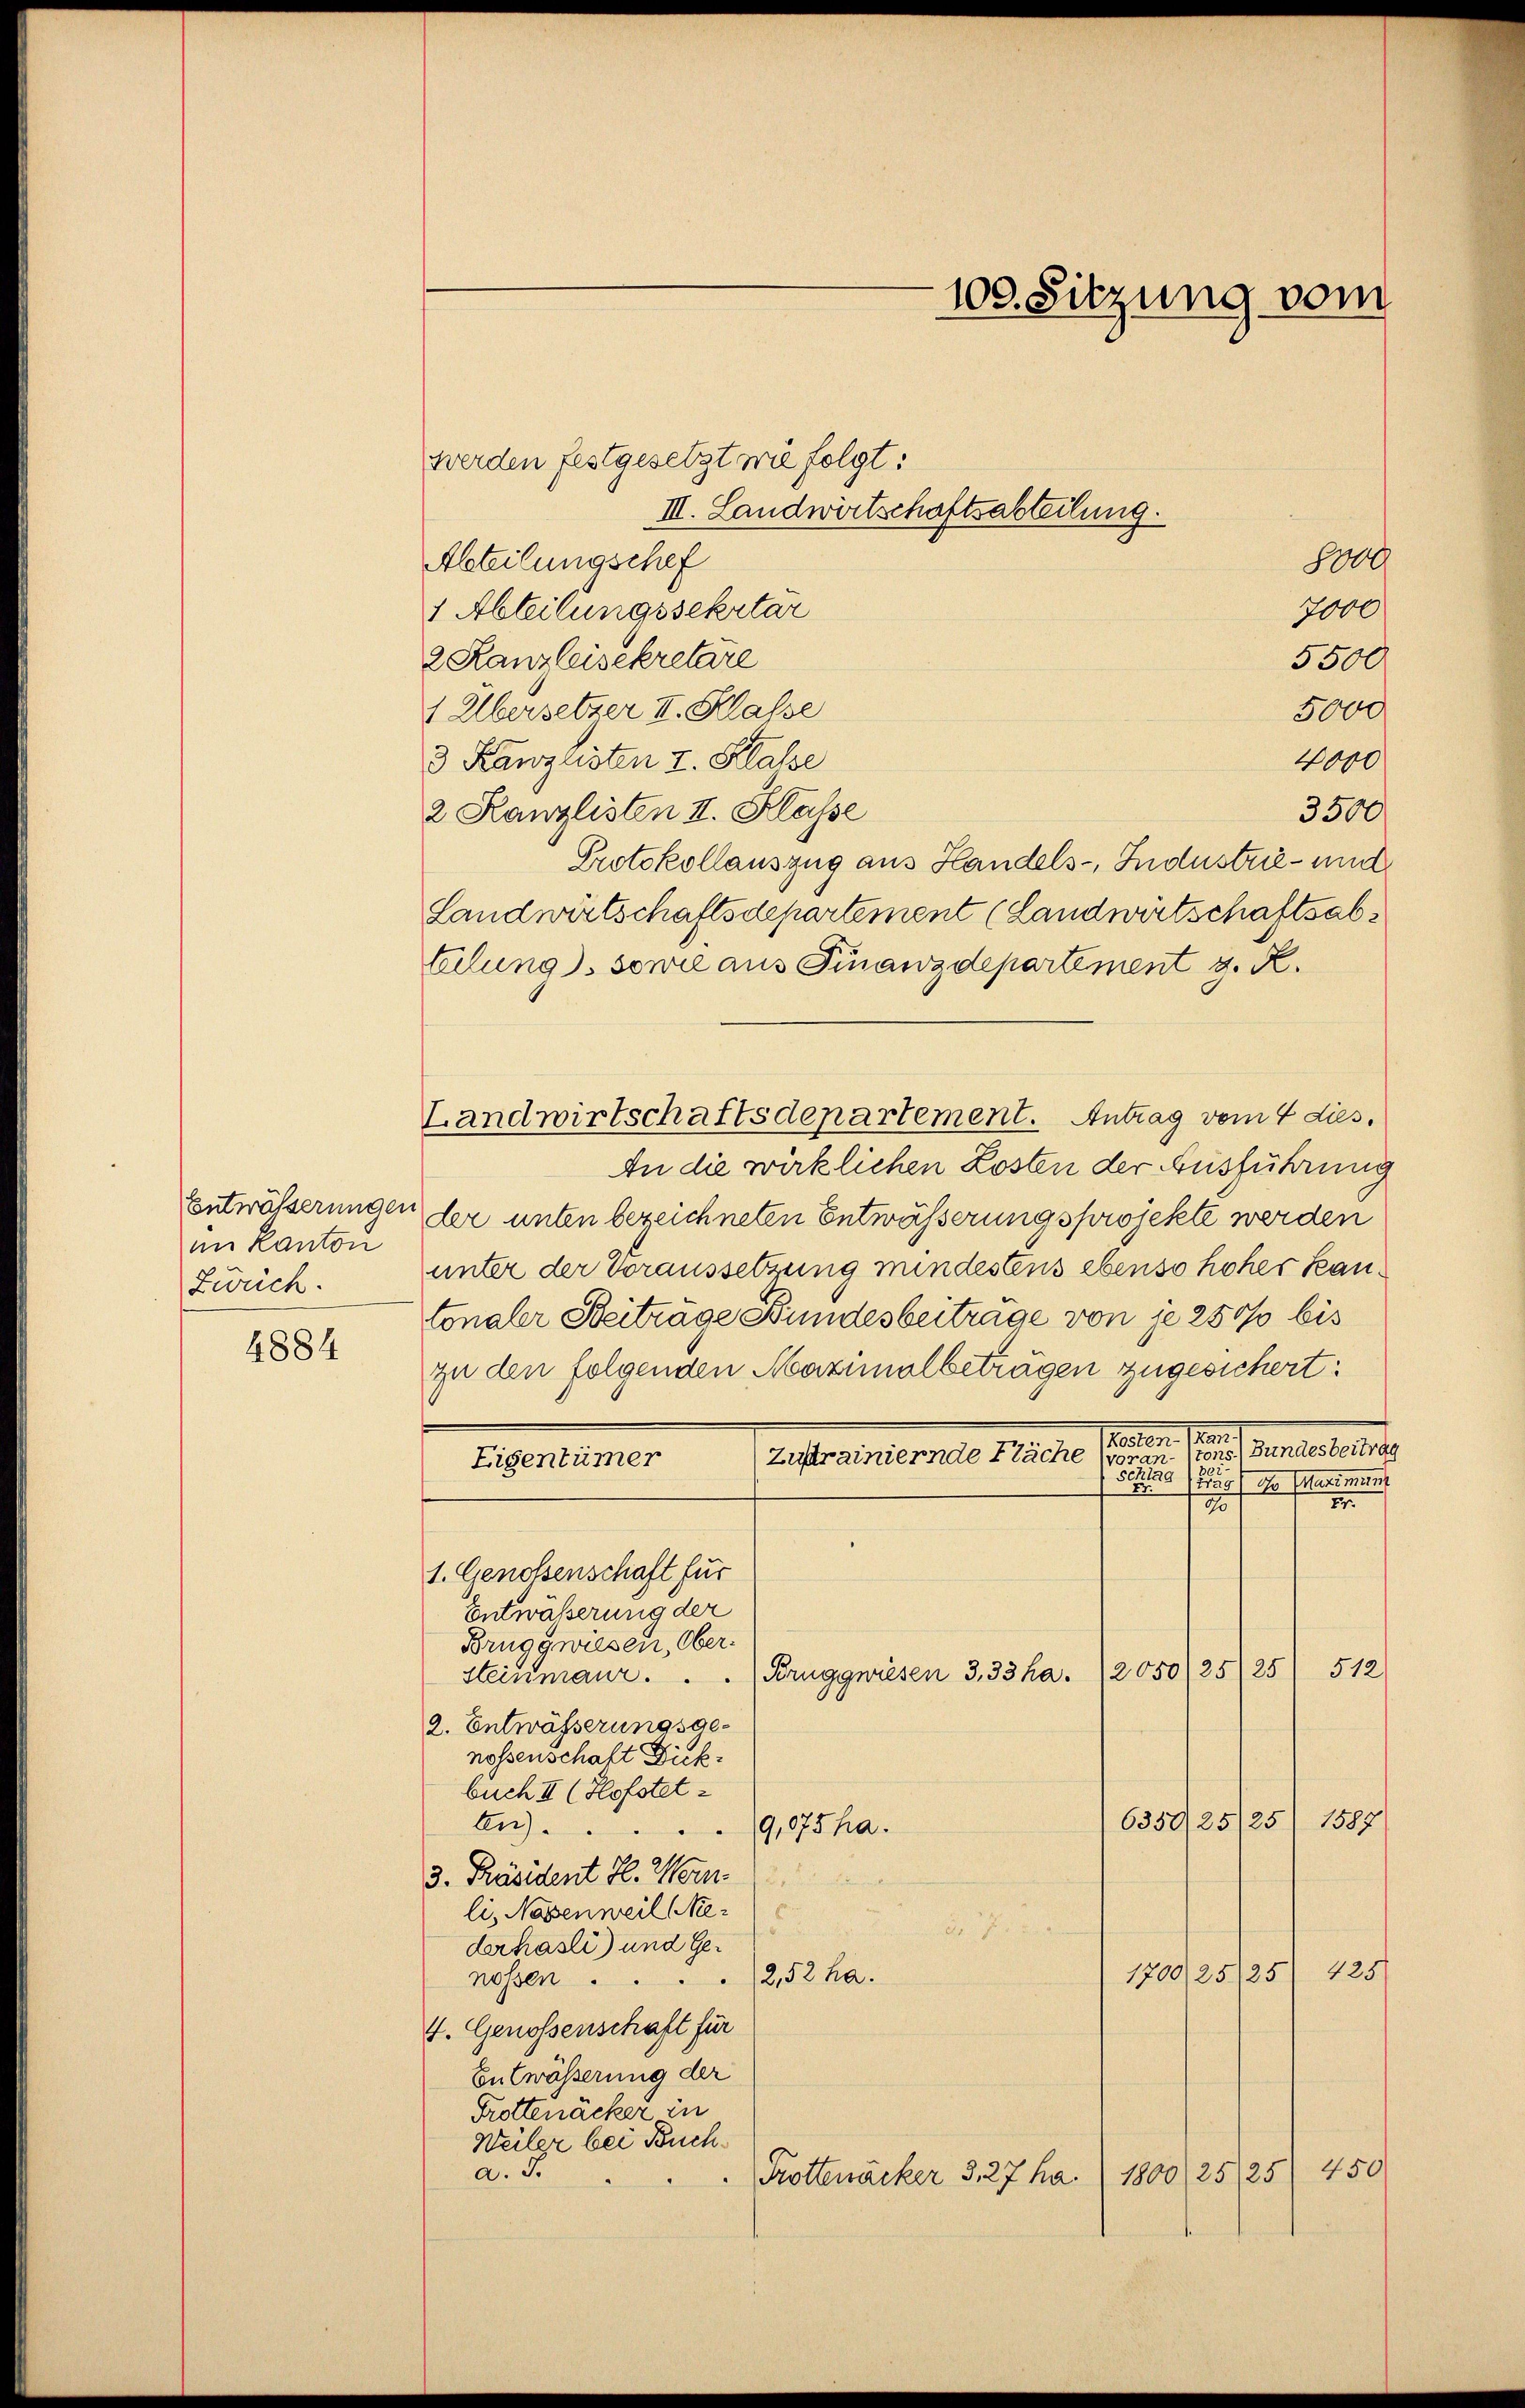
im Kanton
Zürich.
4884

Landwirtschaftsdepartement. Antrag vom 4 dies.

100. Sitzung vom

werden festgesetzt wie folgt:
III. Landwirtschaftsabteilung.
Abteilungschef
1 Abteilungssekretär
2 Lanz leisekretäre
1 Übersetzer II. Klasse
5000
4000
3 Kanzlisten I. Klasse
3500
2 Kanzlisten II. Klasse
Protokollauszug aus Handels- Industrie- und
Landwirtschaftsdepartement (Landwirtschaftsabteilung), sowie aus Finanzdepartement z. R.
In die wirklichen Kosten der Ausführung
Entwässerungen der unten bezeichneten Entwässerungsprojekte werden
unter der Voraussetzung mindestens ebenso hoher Kantonaler Beiträge Bundesbeiträge von je 250 bis
zu den folgenden Maximalbeträgen zugesichert:
ecten He
Zuftrainiernde Fläche (wie einen eines Bundesbeitrag
Eigentümer
Fetag (Zug) ge Matimun
1
15
1. Genossenschaft für
Entwäßerung der
Bruggwiesen, Ober-
512
Steinmaur . . .   Bruggwiesen 3,33 ha. 2050/25/25
2. Entwässerungsgenossenschaft Dick.
buch II (Hofstet¬
1387
6350/25/25
An).
9,075 ha.
3. Präsident J. Wern
li, Nasenweil Me¬
.

derhasli) und Ge¬
1700/25/25/ 425.
2,52 ha.
nossen.
4. Genossenschaft für
Entwässerung der
Frottenäcker in
Weiler bei Bucha. J.
Krottenäcker 3, 27 ha. 1800/25/25/ 450

8000
7000
5500